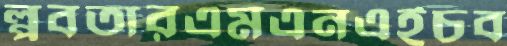
প্লবতারএমএনএইচব